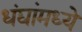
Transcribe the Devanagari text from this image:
धंद्यांमध्ये